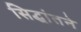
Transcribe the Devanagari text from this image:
सिद्धांतने